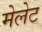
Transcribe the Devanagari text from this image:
मेलेट